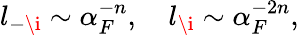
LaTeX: l_{-\i}\sim\alpha_{F}^{-n},\quad l_{\i}\sim\alpha_{F}^{-2n},